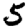
Digit: 5